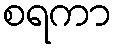
စရကာ